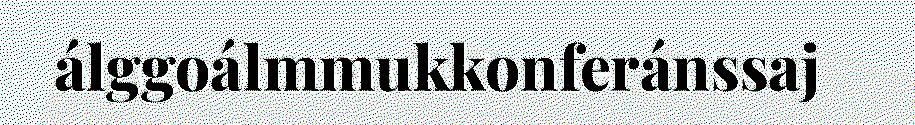
álggoálmmukkonferánssaj